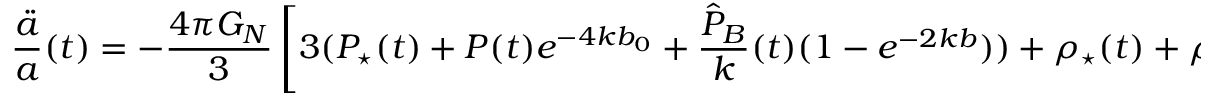
\frac { \ddot { a } } { a } ( t ) = - \frac { 4 \pi G _ { N } } { 3 } \left[ 3 ( P _ { \star } ( t ) + P ( t ) e ^ { - 4 k b _ { 0 } } + \frac { \hat { P } _ { B } } { k } ( t ) ( 1 - e ^ { - 2 k b } ) ) + \rho _ { \star } ( t ) + \rho ( t ) e ^ { - 4 k b } + \frac { \hat { \rho } _ { B } } { k } ( t ) ( 1 - e ^ { - 2 k b _ { 0 } } ) \right] .